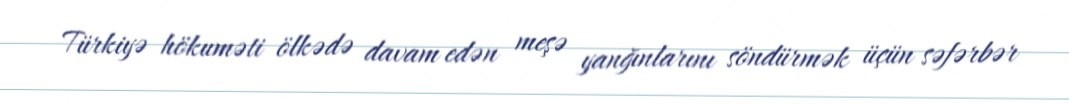
Türkiyə hökuməti ölkədə davam edən meşə yanğınlarını söndürmək üçün səfərbər